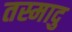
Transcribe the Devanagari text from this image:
तस्मादु